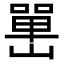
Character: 𡼯